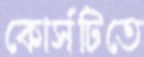
কোর্সটিতে